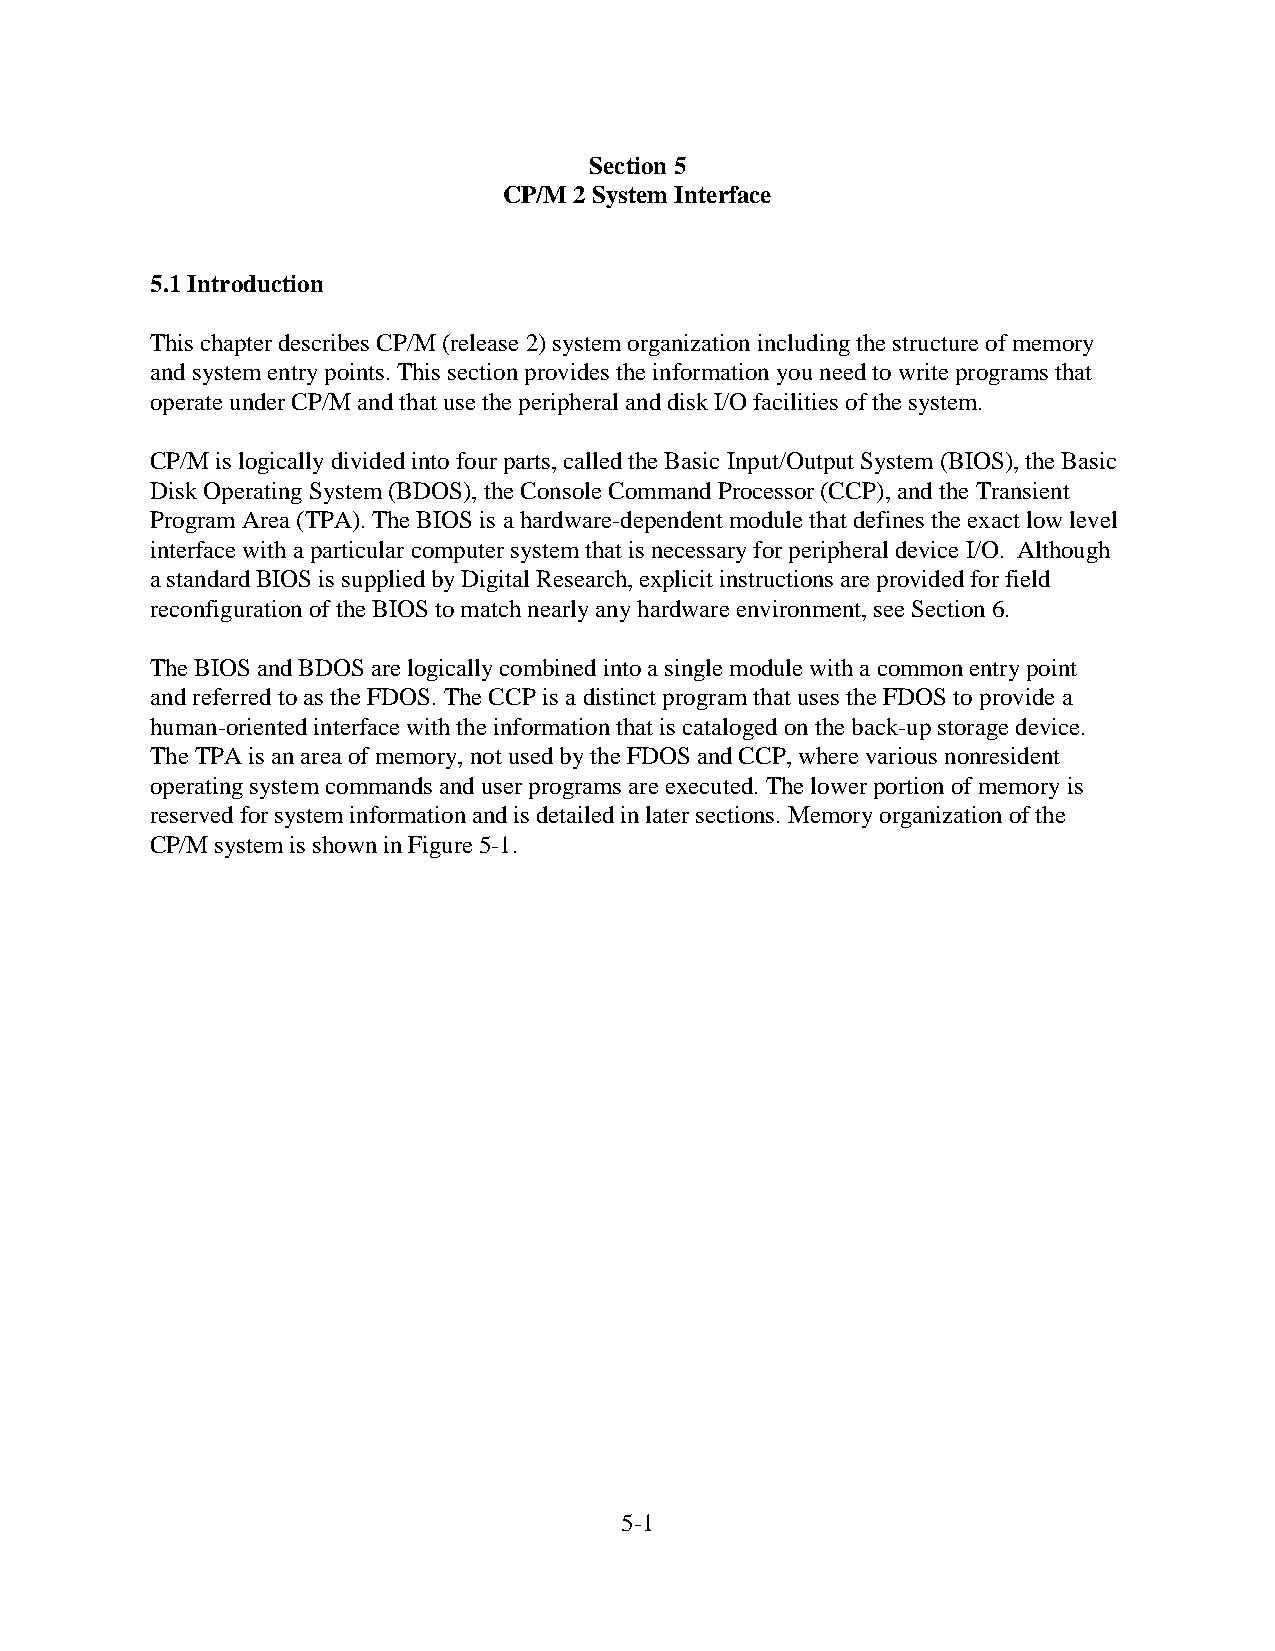
Section 5
 CP/M 2 System Interface
 5.1 Introduction
 This chapter describes CP/M (release 2) system organization including the structure of memory
 and system entry points. This section provides the information you need to write programs that
 operate under CP/M and that use the peripheral and disk I/O facilities of the system.
 CP/M is logically divided into four parts, called the Basic Input/Output System (BIOS), the Basic
 Disk Operating System (BDOS), the Console Command Processor (CCP), and the Transient
 Program Area (TPA). The BIOS is a hardware-dependent module that defines the exact low level
 interface with a particular computer system that is necessary for peripheral device I/O. Although
 a standard BIOS is supplied by Digital Research, explicit instructions are provided for field
 reconfiguration of the BIOS to match nearly any hardware environment, see Section 6.
 The BIOS and BDOS are logically combined into a single module with a common entry point
 and referred to as the FDOS. The CCP is a distinct program that uses the FDOS to provide a
 human-oriented interface with the information that is cataloged on the back-up storage device.
 The TPA is an area of memory, not used by the FDOS and CCP, where various nonresident
 operating system commands and user programs are executed. The lower portion of memory is
 reserved for system information and is detailed in later sections. Memory organization of the
 CP/M system is shown in Figure 5-1.
 5-1